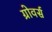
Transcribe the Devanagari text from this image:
ग्रोवर्स